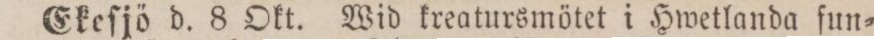
Ekeſjö d. 8 Okt. Wid kreatursmötet i Hwetlanda fun=